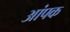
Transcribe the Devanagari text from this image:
आंपक